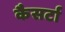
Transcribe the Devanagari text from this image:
कैसर्टा